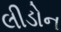
લીડોન